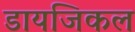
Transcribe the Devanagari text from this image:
डायजिकल